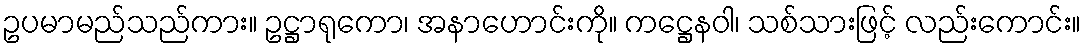
ဥပမာမည်သည်ကား။ ဥဋ္ဌာရုကော၊ အနာဟောင်းကို။ ကဋ္ဌေနဝါ၊ သစ်သားဖြင့် လည်းကောင်း။